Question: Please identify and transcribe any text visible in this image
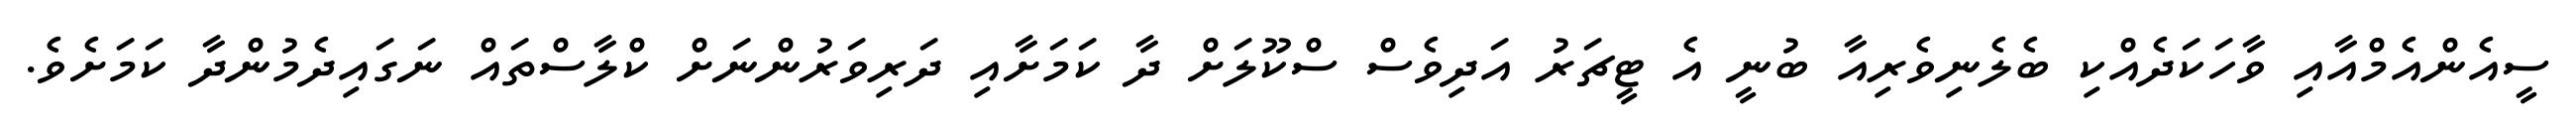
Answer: ސީއެންއެމްއާއި ވާހަކަދެއްކި ބެލެނިވެރިއާ ބުނީ އެ ޓީޗަރު އަދިވެސް ސްކޫލަށް ދާ ކަމަށާއި ދަރިވަރުންނަށް ކްލާސްތައް ނަގައިދެމުންދާ ކަމަށެވެ.